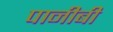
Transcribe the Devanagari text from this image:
पानीबी